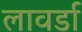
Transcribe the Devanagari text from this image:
लावर्डा